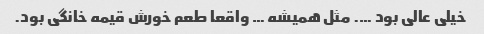
خیلی عالی بود …. مثل همیشه … واقعا طعم خورش قیمه خانگی بود.